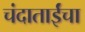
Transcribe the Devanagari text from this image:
चंदाताईंचा